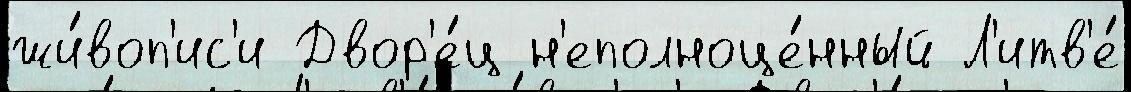
жи́воп'ис'и Двор'е́ц н'еполноце́нный Л'итв'е́